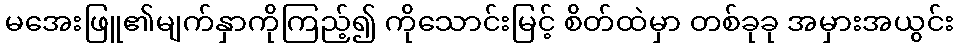
မအေးဖြူ၏မျက်နှာကိုကြည့်၍ ကိုသောင်းမြင့် စိတ်ထဲမှာ တစ်ခုခု အမှားအယွင်း